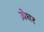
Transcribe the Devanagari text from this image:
ज़ेघर